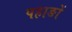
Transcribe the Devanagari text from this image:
पहाङों